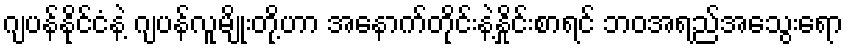
ဂျပန်နိုင်ငံနဲ့ ဂျပန်လူမျိုးတို့ဟာ အနောက်တိုင်းနဲ့နှိုင်းစာရင် ဘဝအရည်အသွေးရော